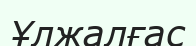
Ұлжалғас